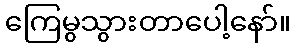
ကြေမွသွားတာပေါ့နော်။